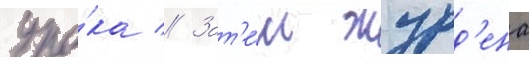
уро́ка // Зат'е́м журд'ена